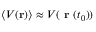
\langle V ( \mathbf { r } ) \rangle \approx V ( \textbf { r } ( t _ { 0 } ) )